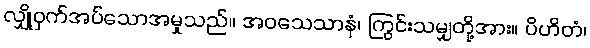
လျှို့ဝှက်အပ်သောအမှုသည်။ အဝသေသာနံ၊ ကြွင်းသမျှတို့အား။ ပိဟိတံ၊